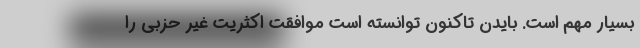
بسیار مهم است. بایدن تاکنون توانسته است موافقت اکثریت غیر حزبی را